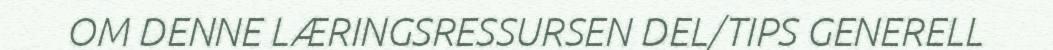
OM DENNE LÆRINGSRESSURSEN DEL/TIPS GENERELL